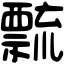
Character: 𥜆